Medical and sanitary report of the native army of Bengal for the year
Year: 1876
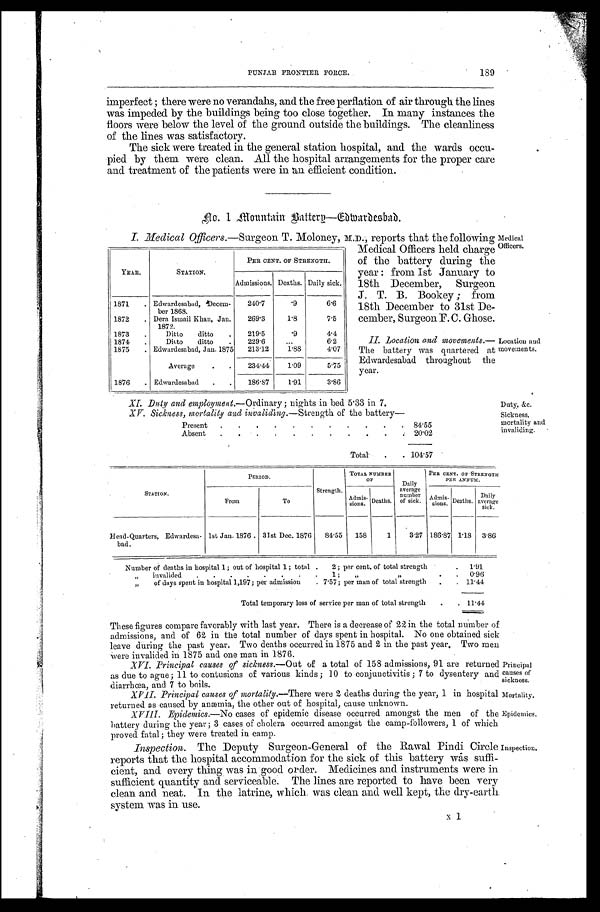
PUNJAB FRONTIER FORCE.
189
Principal
causes of
sickness.
Mortality.
Epidemics.
imperfect; there were no verandahs, and the free perflation of air through the lines
was impeded by the buildings being too close together. In many instances the
floors were below the level of the ground outside the buildings. The cleanliness
of the lines was satisfactory.
The sick were treated in the general station hospital, and the wards occu-
pied by them were clean. All the hospital arrangements for the proper care
and treatment of the patients were in an efficient condition.
No. 1 Mountain Battery—Edwardesabad.
I. Medical Officers.—Surgeon T. Moloney, M.D., reports that the following
Medical Officers held charge
of the battery during the
year: from 1st January to
18th December, Surgeon
J. T. B. Bookey; from
18th December to 31st De-
cember, Surgeon F. C. Ghose.
II. Location and movements.
— T h e b a t t e r y w a s q u a r t e r e d a t
Edwardesabad throughout the
year.
XI. Duty and employment. —Ordinary; nights in bed 5.33 in 7.
XV. Sickness, mortality and invaliding. —St r e n g t h o f t h e b a t t e r y —
Present
84.55
Absent
20.02
Total
104.57
YEAR.
STATION.
PER CENT. OF STRENGTH.
Admissions. Deaths. Daily sick.
1871
Edwardesabad, Decem-
ber 1868.
240.7
.9
6.6
1872
Dera Ismail Khan, Jan.
1872.
269.3
1.8
7.5
1873
Ditto ditto
219.5
.9
4.4
1874
Ditto ditto
229.6
6.2
1875
Edwardesabad, Jan. 1875 213.12 1.88
4.07
Average
234.44 1.09
5.75
1876
Edwardesabad
186.87 1.91
3.86
Medical
Officers.
Location and
movements.
Duty, &c.
Sickness,
mortality and
invaliding.
S T A T I O N .
PERIOD.
Strength.
TOTAL NUMBER
OF
Daily
average number of sick.
PER CENT. OF STRENGTH
PER ANNUM.
From
To
Admi s-si ons. Deaths.
Admis- sions. Deaths. Daily
average sick.
Head-Quarters; Edwardesa-
bad.
1st Jan. 1876. 31st Dec. 1876 84.55 158
1 3.27 186.87 1.18 3.86
Number of deaths in hospital 1; out of hospital 1; total 2; per cent, of total strength
1.91
" invalided 1;" "
0 . 9 6
" of days spent in hospital 1,197; per admission 7.57; per man of total strength
1 1 . 4 4
Total temporary loss of service per man of total strength
11.44
These figures compare favorably with last year. There is a decrease of 22 in the total number of
admissions, and of 62 in the total number of days spent in hospital. No one obtained sick
leave during the past year. Two deaths occurred in 1875 and 2 in the past year. Two men
were invalid ed in 1875 and one man in 1876.
XVI. Principal causes of sickness. —Out of a total of 158 admissions, 91 are returned
as due to ague; 11 to contusions of various kinds; 10 to conjunctivitis; 7 to dysentery and
diarrhœa, and 7 to boils.
XVII. Principal causes of mortality. —There were 2 deaths during the year, 1 in hospital
returned as caused by anæmia, the other out of hospital, cause unknown.
XVIII. Epidemics. —No cases of epidemic disease occurred amongst the men of the
battery during the year; 3 cases of cholera occurred amongst the camp-followers, 1 of which
proved fatal; they were treated in camp.
Inspection. The Deputy Surgeon-General of the Rawal Pindi Circle
reports that the hospital accommodation for the sick of this battery was suffi-
cient, and every thing was in good order. Medicines and instruments were in
sufficient quantity and serviceable. The lines are reported to have been very
clean and neat. In the latrine, which was clean and well kept, the dry-earth
Inspection.
x 1